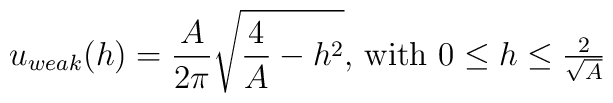
u_{weak}(h)=\frac{A}{2\pi}\sqrt{\frac{4}{A}-h^{2}} \mbox{, with $0\leq h\leq\frac{2}{\sqrt{A}}$}